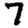
Digit: 7